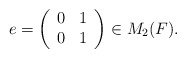
\begin{align*}e=\left(\begin{array}{cc}0 & 1 \\0 & 1\end{array}\right)\in M_2(F).\end{align*}